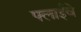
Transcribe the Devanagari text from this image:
फ्लाईवे